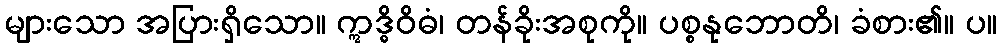
များသော အပြားရှိသော။ ဣဒ္ဓိဝိဓံ၊ တန်ခိုးအစုကို။ ပစ္စနုဘောတိ၊ ခံစား၏။ ပ။